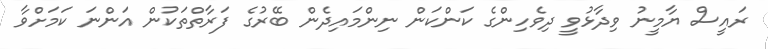
ރައީސް ޔާމީނު ވިދާޅުވީ ދިވެހިންގެ ކަންކަން ނިންމައިދެން ބޭރުގެ ފަރާތްތަކުން އަންނަ ކަމަށްވާ